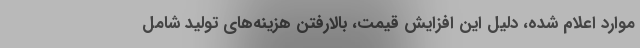
موارد اعلام شده، دلیل این افزایش قیمت، بالارفتن هزینه‌های تولید شامل